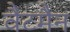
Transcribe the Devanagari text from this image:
वैटमैन